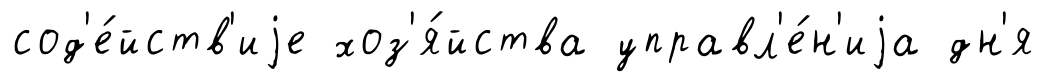
сод'е́йств'иjе хоз'я́йства управл'е́н'иjа дн'я